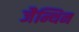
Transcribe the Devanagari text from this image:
जैन्थिन